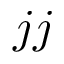
j j